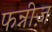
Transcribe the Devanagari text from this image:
फन्नीज़